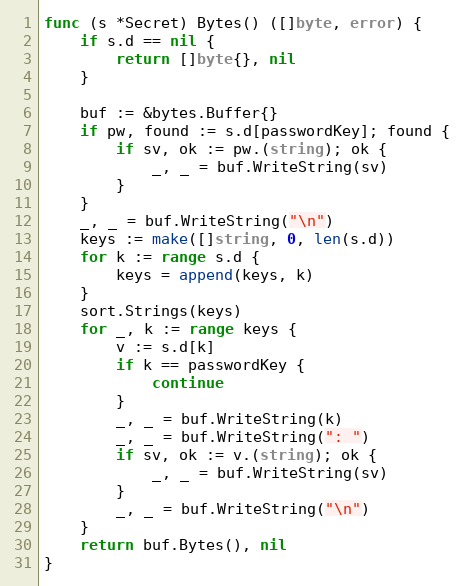
Language: Go
func (s *Secret) Bytes() ([]byte, error) {
	if s.d == nil {
		return []byte{}, nil
	}

	buf := &bytes.Buffer{}
	if pw, found := s.d[passwordKey]; found {
		if sv, ok := pw.(string); ok {
			_, _ = buf.WriteString(sv)
		}
	}
	_, _ = buf.WriteString("\n")
	keys := make([]string, 0, len(s.d))
	for k := range s.d {
		keys = append(keys, k)
	}
	sort.Strings(keys)
	for _, k := range keys {
		v := s.d[k]
		if k == passwordKey {
			continue
		}
		_, _ = buf.WriteString(k)
		_, _ = buf.WriteString(": ")
		if sv, ok := v.(string); ok {
			_, _ = buf.WriteString(sv)
		}
		_, _ = buf.WriteString("\n")
	}
	return buf.Bytes(), nil
}